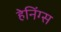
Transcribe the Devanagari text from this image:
हेनिंग्स